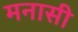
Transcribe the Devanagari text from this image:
मनासी